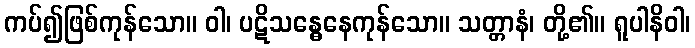
ကပ်၍ဖြစ်ကုန်သော။ ဝါ၊ ပဋိသန္ဓေနေကုန်သော။ သတ္တာနံ၊ တို့၏။ ရူပါနိဝါ၊